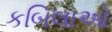
કબિલાઓ